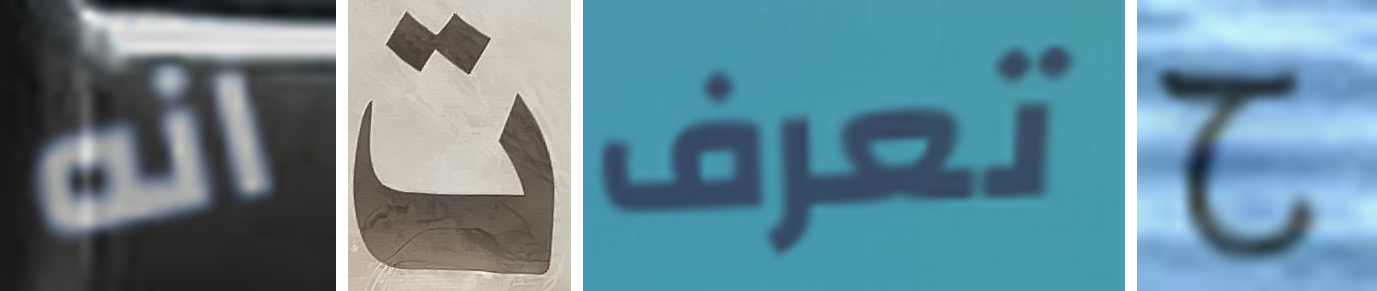
انه ت تعرف ح